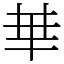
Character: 𠦒